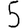
Digit: 5